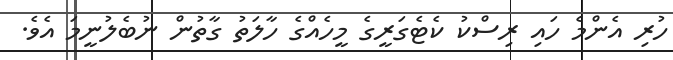
ހުރި އެންމެ ހައި ރިސްކު ކެޓެގަރީގެ މީހެއްގެ ހާލަތު ގާތުން ނުބެލުނީމަ އެވެ.